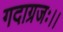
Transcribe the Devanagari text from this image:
गदाग्रजः।।